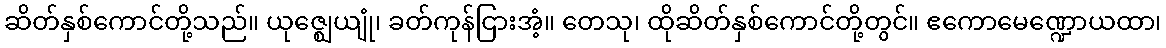
ဆိတ်နှစ်ကောင်တို့သည်။ ယုဇ္ဈေယျုံ၊ ခတ်ကုန်ငြားအံ့။ တေသု၊ ထိုဆိတ်နှစ်ကောင်တို့တွင်။ ဧကောမေဏ္ဍောယထာ၊